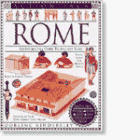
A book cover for Rome (Dk Action Pack); DK Publishing; Children's Books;